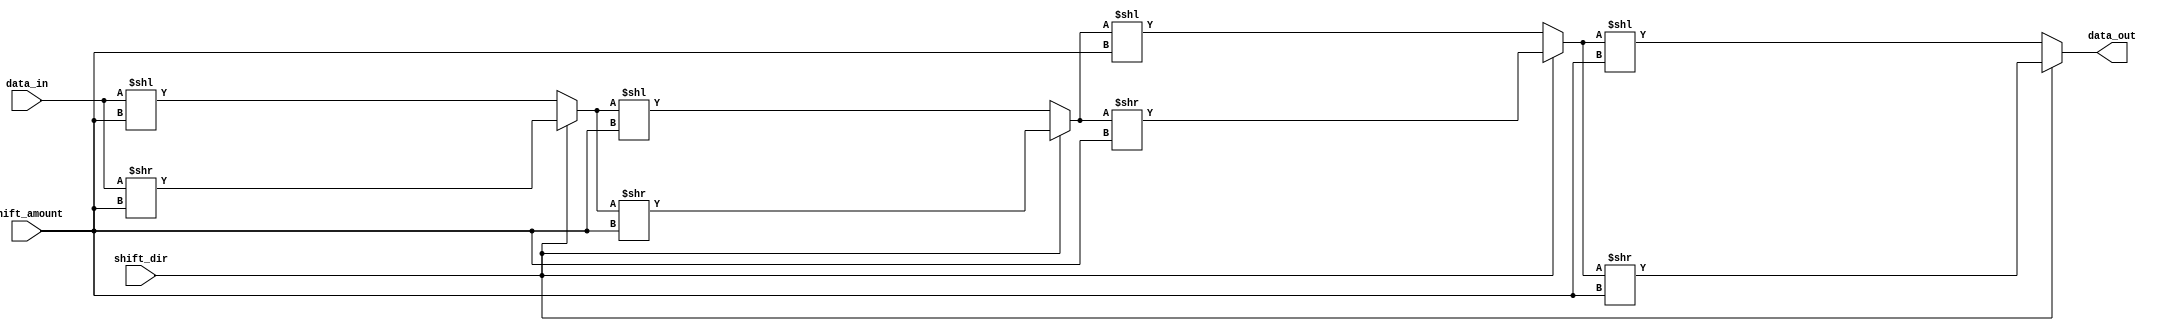
module BarrelShifter(
    input wire [7:0] data_in,
    input wire [2:0] shift_amount,
    input wire shift_dir, // 0 for left shift, 1 for right shift
    output reg [7:0] data_out
);

reg [7:0] stage_1, stage_2, stage_3, stage_4;

always @(*) begin
    stage_1 = shift_dir ? data_in >> shift_amount : data_in << shift_amount;
    stage_2 = shift_dir ? stage_1 >> shift_amount : stage_1 << shift_amount;
    stage_3 = shift_dir ? stage_2 >> shift_amount : stage_2 << shift_amount;
    stage_4 = shift_dir ? stage_3 >> shift_amount : stage_3 << shift_amount;
end

assign data_out = stage_4;

endmodule